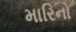
મારિનો